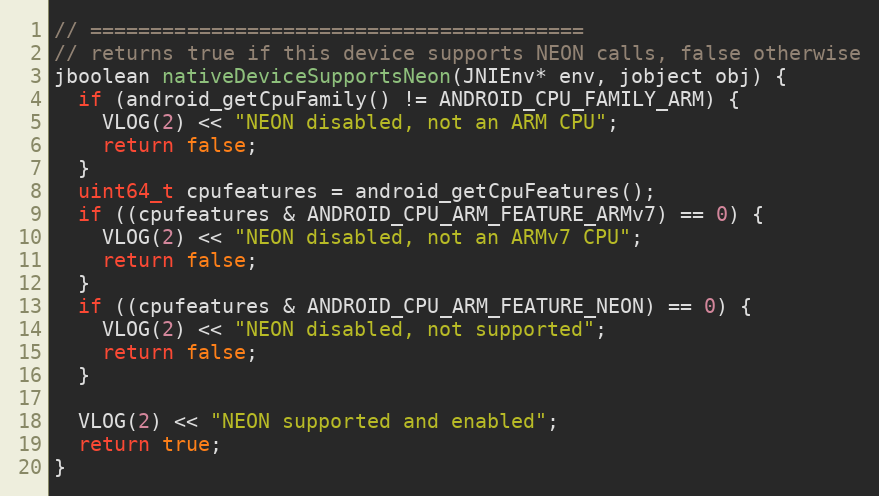
Language: C++
// =========================================
// returns true if this device supports NEON calls, false otherwise
jboolean nativeDeviceSupportsNeon(JNIEnv* env, jobject obj) {
  if (android_getCpuFamily() != ANDROID_CPU_FAMILY_ARM) {
    VLOG(2) << "NEON disabled, not an ARM CPU";
    return false;
  }
  uint64_t cpufeatures = android_getCpuFeatures();
  if ((cpufeatures & ANDROID_CPU_ARM_FEATURE_ARMv7) == 0) {
    VLOG(2) << "NEON disabled, not an ARMv7 CPU";
    return false;
  }
  if ((cpufeatures & ANDROID_CPU_ARM_FEATURE_NEON) == 0) {
    VLOG(2) << "NEON disabled, not supported";
    return false;
  }

  VLOG(2) << "NEON supported and enabled";
  return true;
}